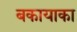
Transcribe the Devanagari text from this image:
बकायाका